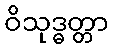
ဝိသုဒ္ဓတ္တာ